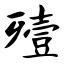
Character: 殪